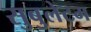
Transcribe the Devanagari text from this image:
सुबुलेटम